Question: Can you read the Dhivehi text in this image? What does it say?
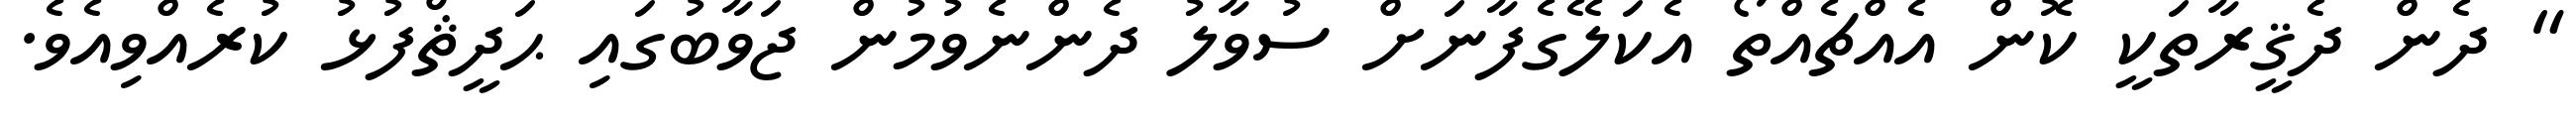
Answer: " ދެން ދެޤީރާތަކީ ކޮން އެއްޗެއްތޯ އެކަލޭގެފާނަށް ސުވާލު ދެންނެވުމުން ޖަވާބުގައި ޙަދީޘްފުޅު ކުރެއްވިއެވެ.